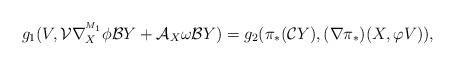
LaTeX: \begin{align*}g_{1}(V,\mathcal{V}\nabla^{^{M_1}}_{X}\phi \mathcal{B}Y+\mathcal{A}_{X}\omega\mathcal{B}Y)&=g_{2}(\pi_*(\mathcal{C}Y),(\nabla \pi_*)(X,\varphi V)),\end{align*}